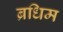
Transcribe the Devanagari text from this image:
ब्रधिम